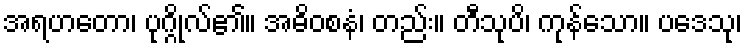
အရဟတော၊ ပုဂ္ဂိုလ်၏။ အဓိဝစနံ၊ တည်း။ တီသုပိ၊ ကုန်သော။ ပဒေသု၊